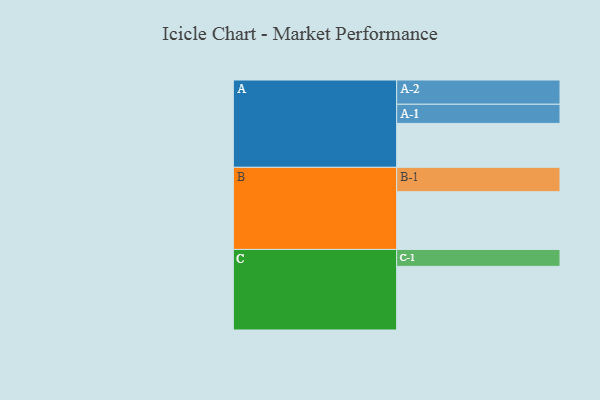
{"axis": {"x": "Segment", "y": "Value"}, "legend": ["", "A", "B", "C"], "data": [{"x": "A", "y": 395, "type": ""}, {"x": "B", "y": 519, "type": ""}, {"x": "C", "y": 572, "type": ""}, {"x": "A-1", "y": 172, "type": "A"}, {"x": "A-2", "y": 218, "type": "A"}, {"x": "B-1", "y": 219, "type": "B"}, {"x": "C-1", "y": 152, "type": "C"}]}